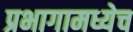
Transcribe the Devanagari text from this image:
प्रभागामध्येच